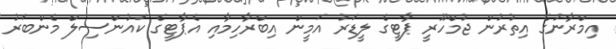
އިމްރާނުގެ އިތުރުން ޖުމްހޫރީ ޕާޓީގެ ލީޑަރު އަމީން އިބްރާހިމާއި އެޕާޓީގެ ކައުންސިލް މެންބަރު